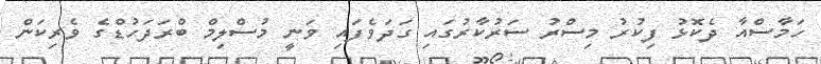
ހަމާސްއާ ދެކޮޅު ފިކުރު މިސްރު ސަރުކާރުގައި ގަދަވެފައި ވަނީ މުސްލިމް ބްރަދަހުޑްގެ ވެރިކަން